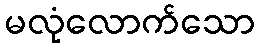
မလုံလောက်သော